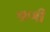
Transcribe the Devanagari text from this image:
श्रणी